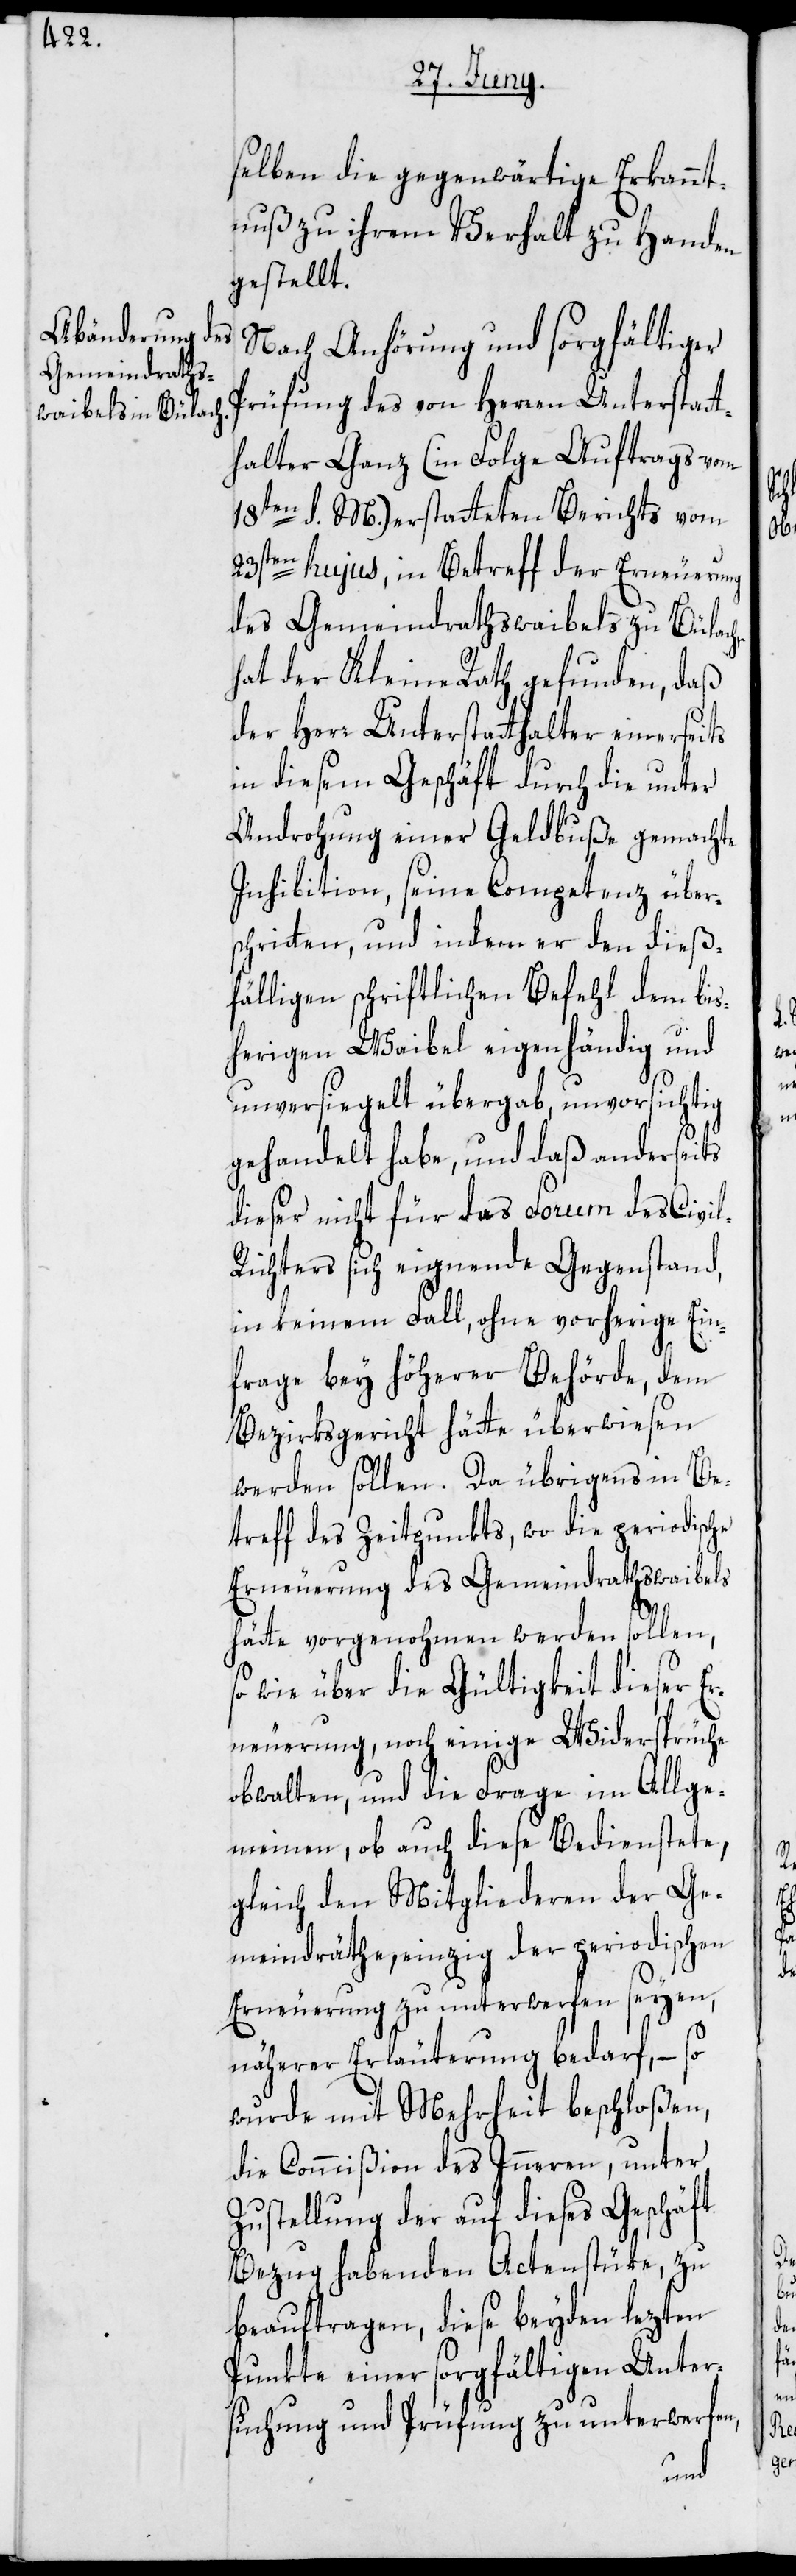
selben die gegenwärtige Erkannt¬
nuß zu ihrem Verhalt zu Handen
gestellt.
Nach Anhörung und sorgfältiger
Prüfung des von Herren Unterstatt¬
halter Ganz (in Folge Auftrags vom
18ten d. M.) erstatteten Berichts vom
23sten hujus, in Betreff der Erneuerung
des Gemeindrathswaibels zu Bülach,
hat der Kleine Rath gefunden, daß
der Herr Unterstatthalter einerseits
in diesem Geschäft durch die unter
Androhung einer Geldbuße gemachte
Inhibition, seine Competenz über¬
schritten, und indem er den dieß¬
fälligen schriftlichen Befehl dem bis¬
herigen Waibel eigenhändig und
unversiegelt übergab, unvorsichtig
gehandelt habe, und daß anderseits
dieser nicht für das Forum des Civi¬
ichters sich eignende Gegenstand,
in keinem Fall, ohne vorherige Ein¬
frage bey höherer Behörde, dem
Bezirksgericht hätte überwiesen
werden sollen. Da übrigens in Be¬
treff des Zeitpunkts, wo die periodische
Erneuerung des Gemeindrathswaibels
l-R¬
hätte vorgenohmen werden sollen,
so wie über die Gültigkeit dieser Er¬
neuerung, noch einige Widersprüche
obwalten, und die Frage im Allge¬
meinen, ob auch diese Bedienstete,
gleich den Mitgliederen der Ge¬
meindräthe, einzig der periodischen
Erneuerung zu unterwerfen seyen,
näherer Erläuterung bedarf, – so
wurde mit Mehrheit beschloßen,
die Commißion des Inneren, unter
Zustellung der auf dieses Geschäft
Bezug habenden Actenstüke, zu
beauftragen, diese beyden lezten
Punkte einer sorgfältigen Unter¬
suchung und Prüfung zu unterwerfen,